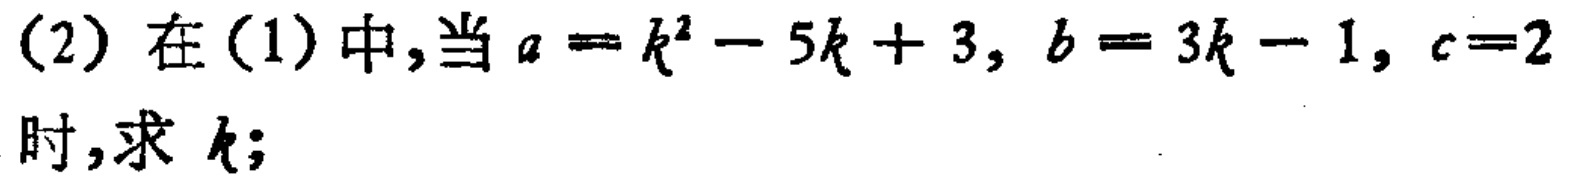
(2) 在(1)中,当 \(a = k^{2}-5k + 3\), \(b = 3k - 1\), \(c = 2\) 时,求 \(k\);